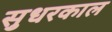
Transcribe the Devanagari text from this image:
सुधरकाल